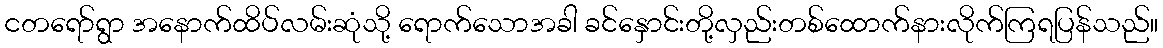
ငတရော်ရွာ အနောက်ထိပ်လမ်းဆုံသို့ ရောက်သောအခါ ခင်နှောင်းတို့လှည်းတစ်ထောက်နားလိုက်ကြရပြန်သည်။